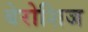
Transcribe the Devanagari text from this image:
बेरोशिज